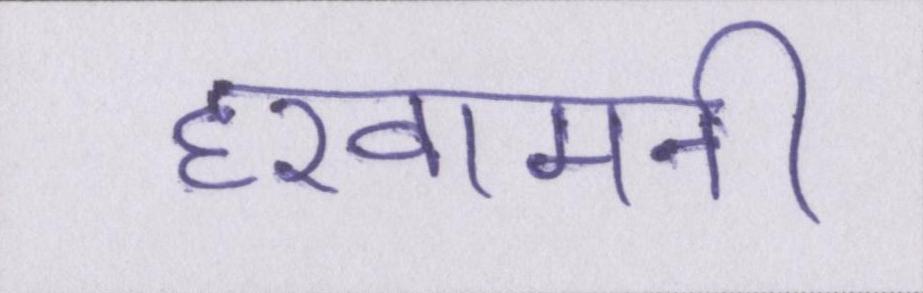
हखामनी